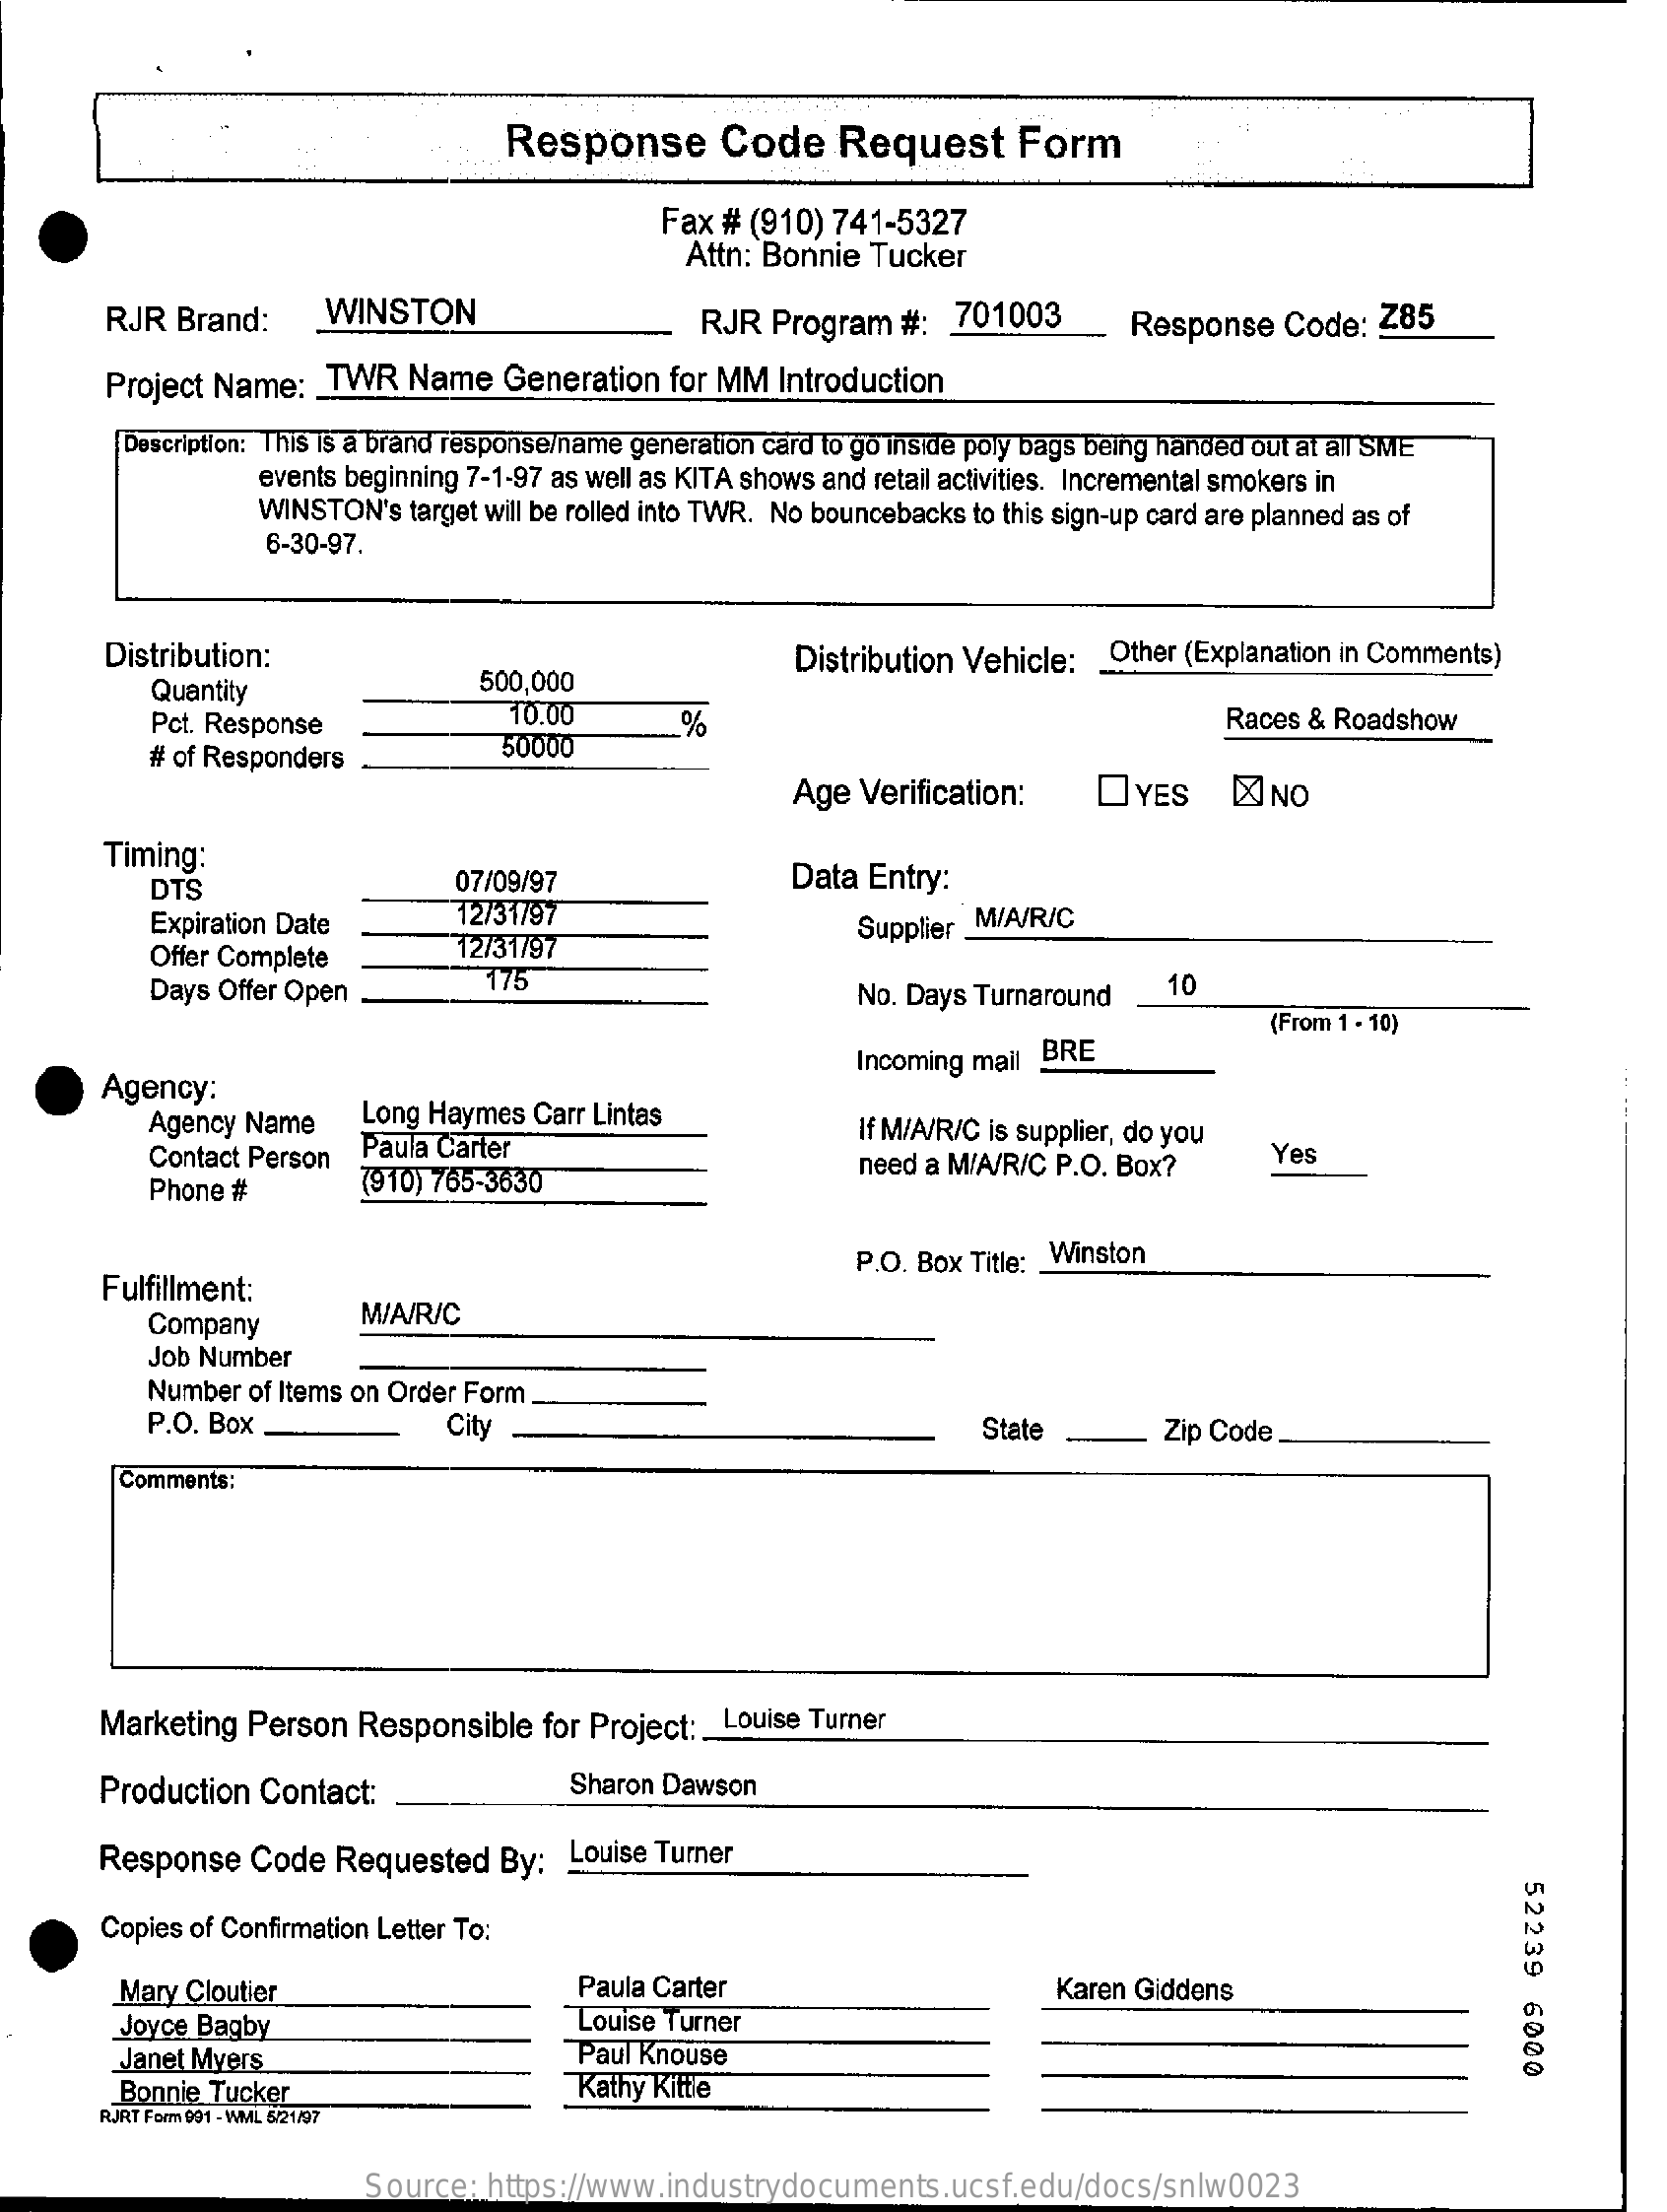
Response    Code    Request    Form
     Fax # (910) 741-5327
     Attn: Bonnie Tucker
     RJR Brand:    WINSTON    RJR  Program  #:  701003    Response  Code:  Z85
     Project Name: _ TWR  Name  Generation  for MM  Introduction
     Description: This is a brand response/name generation card to go inside poly bags being handed out at all SME
     events beginning 7-1-97 as well as KITA shows and retail activities. Incremental smokers in
     WINSTON's  target will be rolled into TWR. No bouncebacks to this sign-up card are planned as of
     6-30-97.
     Distribution:    Distribution Vehicle: Other (Explanation in Comments)
     Quantity    500,000
     Pct. Response
     10.00    %    Races & Roadshow
     # of Responders
     50000
     Age Verification:    OYES    X NO
     Timing:
     DTS    07/09/97    Data Entry:
     Expiration Date    12/31797
     Offer Complete    12/31/97
     Supplier M/A/R/C
     Days Offer Open    175
     No. Days Turnaround    10
     (From 1 - 10)
     Agency:
     Incoming mail BRE
     Agency Name   Long Haymes  Carr Lintas
     Paula Carter
     If M/A/R/C is supplier, do you
     Contact Person    need a M/A/R/C P.O. Box?    Yes
     Phone #    (910) 765-3630
     Fulfillment:
     P.O. Box Title: _ Winston
     Company    M/A/R/C
     Job Number
     Number of Items on Order Form
     P.O. Box    City    State    Zip Code
     Comments:
     Marketing Person  Responsible  for Project: _ Louise Turner
     Production Contact:    Sharon Dawson
     Response   Code  Requested  By:  Louise Turner
     52239
     6000
     Copies of Confirmation Letter To:
     Mary Cloutier    Paula Carter
     Louise Turner
     Karen Giddens
     Joyce Bagby
     Janet Myers    Paul Knouse
     Bonnie Tucker    Kathy Kittle
     RJRT Form 991 - WML 5/21/97
     Source:  https://www.industrydocuments.ucsf.edu/docs/snlw0023